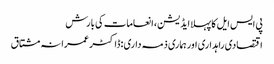
پی ایس ایل کا پہلا ایڈیشن، انعامات کی بارش
اقتصادی راہداری اور ہماری ذمہ داری :ڈاکٹر عمرانہ مشتاق